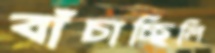
বাঁচাচ্ছিলি